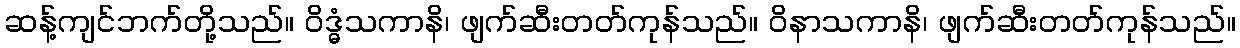
ဆန့်ကျင်ဘက်တို့သည်။ ဝိဒ္ဓံသကာနိ၊ ဖျက်ဆီးတတ်ကုန်သည်။ ဝိနာသကာနိ၊ ဖျက်ဆီးတတ်ကုန်သည်။